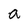
Character: a